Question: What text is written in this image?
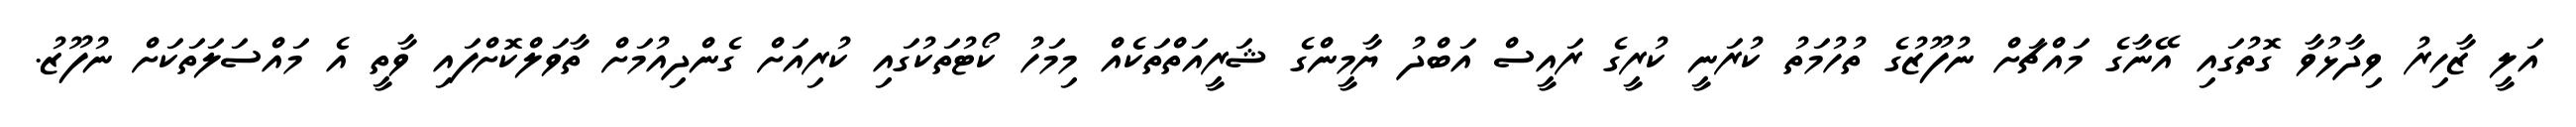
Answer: އަލީ ޒާހިރު ވިދާޅުވާ ގޮތުގައި އޭނާގެ މައްޗަށް ނުފޫޒުގެ ތުހުމަތު ކުރަނީ ކުރީގެ ރައީސް އަބްދު ޔާމީންގެ ޝަރީއަތްތަކެއް މިމަހު ކޯޓުތަކުގައި ކުރިއަށް ގެންދިއުމަށް ތާވަލްކޮށްފައި ވާތީ އެ މައްސަލަތަކަށް ނުފޫޒު.